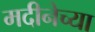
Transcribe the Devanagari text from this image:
मदीनेच्या